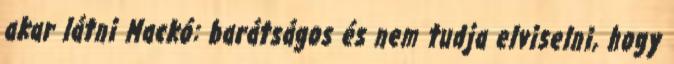
akar látni Mackó: barátságos és nem tudja elviselni, hogy